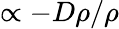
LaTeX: \propto-D\rho/\rho